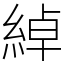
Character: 綽